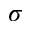
\sigma